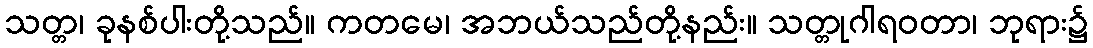
သတ္တ၊ ခုနစ်ပါးတို့သည်။ ကတမေ၊ အဘယ်သည်တို့နည်း။ သတ္တုဂါရဝတာ၊ ဘုရား၌